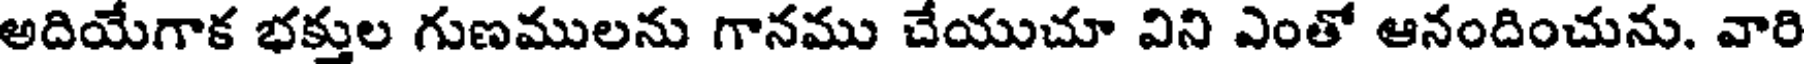
అదియేగాక భక్తుల గుణములను గానము చేయుచూ విని ఎంతో ఆనందించును. వారి